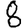
Digit: 8